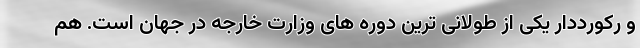
و رکورددار یکی از طولانی ترین دوره های وزارت خارجه در جهان است. هم